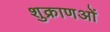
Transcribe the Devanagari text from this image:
शुक्राणओं